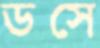
ডসে